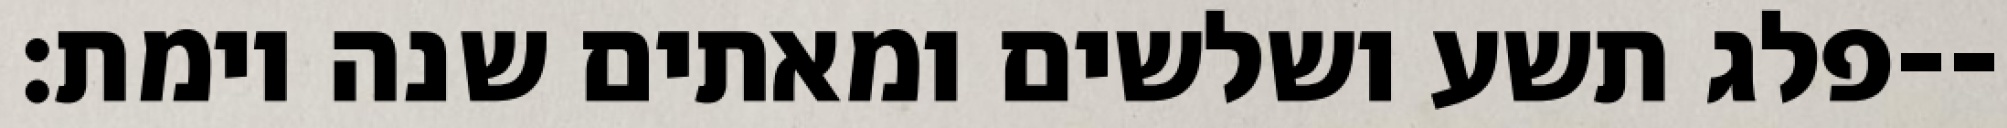
פלג תשע ושלשים ומאתים שנה וימת׃--